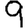
Digit: 9